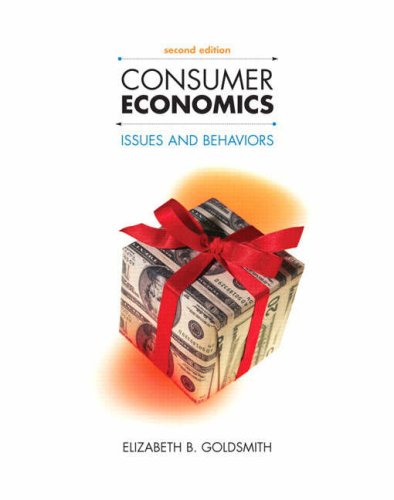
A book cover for Consumer Economics: Issues and Behaviors, 2nd Edition; Elizabeth B. Goldsmith; Business & Money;